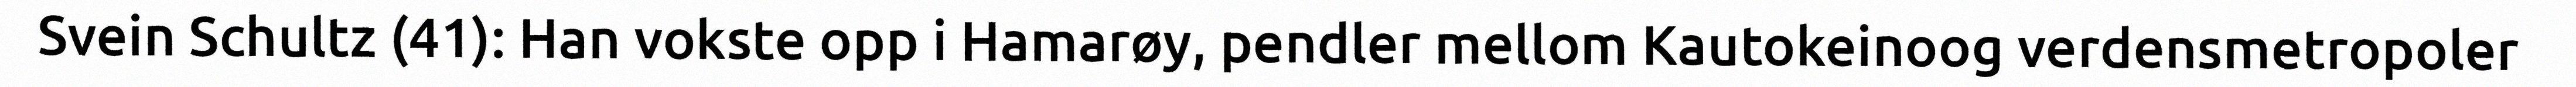
Svein Schultz (41): Han vokste opp i Hamarøy, pendler mellom Kautokeinoog verdensmetropoler